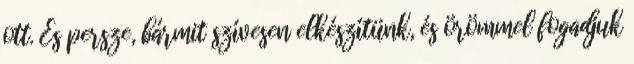
ott. És persze, bármit szívesen elkészítünk, és örömmel fogadjuk